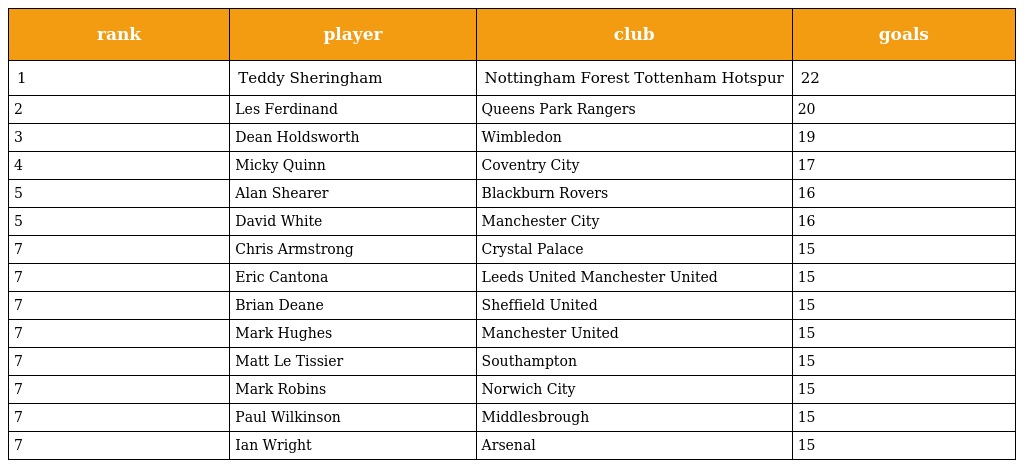
| rank | player | club | goals |
 | --- | --- | --- | --- |
 | 1 | Teddy Sheringham | Nottingham Forest Tottenham Hotspur | 22 |
 | 2 | Les Ferdinand | Queens Park Rangers | 20 |
 | 3 | Dean Holdsworth | Wimbledon | 19 |
 | 4 | Micky Quinn | Coventry City | 17 |
 | 5 | Alan Shearer | Blackburn Rovers | 16 |
 | 5 | David White | Manchester City | 16 |
 | 7 | Chris Armstrong | Crystal Palace | 15 |
 | 7 | Eric Cantona | Leeds United Manchester United | 15 |
 | 7 | Brian Deane | Sheffield United | 15 |
 | 7 | Mark Hughes | Manchester United | 15 |
 | 7 | Matt Le Tissier | Southampton | 15 |
 | 7 | Mark Robins | Norwich City | 15 |
 | 7 | Paul Wilkinson | Middlesbrough | 15 |
 | 7 | Ian Wright | Arsenal | 15 |